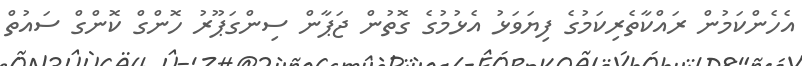
އެހެންކަމުން ރައްކާތެރިކަމުގެ ފިޔަވަޅު އެޅުމުގެ ގޮތުން ޖަޕާން ސިންގަޕޫރު ހޮންގް ކޮންގް ސައުތް